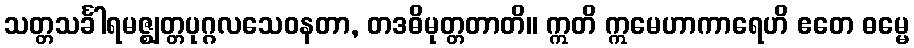
သတ္တသင်္ခါရမဇ္ဈတ္တပုဂ္ဂလသေဝနတာ, တဒဓိမုတ္တတာတိ။ ဣတိ ဣမေဟာကာရေဟိ ဧတေ ဓမ္မေ